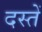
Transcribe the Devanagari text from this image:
दस्तें